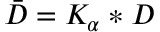
\bar { D } = K _ { \alpha } * D